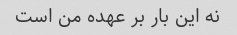
نه این بار بر عهده من است